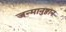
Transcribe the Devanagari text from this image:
जन्मानुष्ठान